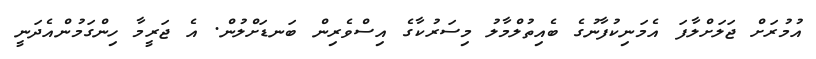
އުމުރަށް ޖަލަށްލާފަ އެމަނިކުފާނުގެ ބެއިތުލްމާލު މިސަރުކާގެ އިސްވެރިން ބަނޑަށްލުން. އެ ޖަރީމާ ހިންގަމުންއެދަނީ